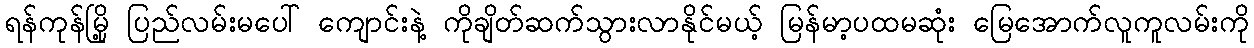
ရန်ကုန်မြို့ ပြည်လမ်းမပေါ် ကျောင်းနဲ့ ကိုချိတ်ဆက်သွားလာနိုင်မယ့် မြန်မာ့ပထမဆုံး မြေအောက်လူကူလမ်းကို